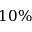
1 0 \%